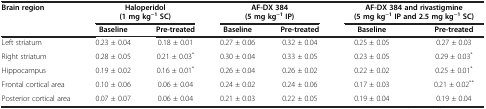
<table><thead><tr><td><b>Brain region</b></td><td colspan="2"><b>Haloperidol</b></td><td colspan="2"><b>AF-DX 384</b></td><td colspan="2"><b>AF-DX 384 and rivastigmine</b></td></tr><tr><td><b> </b></td><td colspan="2"><b>(1 mg kg<sup>−1</sup>SC)</b></td><td colspan="2"><b>(5 mg kg<sup>−1</sup>IP)</b></td><td colspan="2"><b>(5 mg kg<sup>−1</sup>IP and 2.5 mg kg<sup>−1</sup>SC)</b></td></tr><tr><td><b> </b></td><td><b>Baseline</b></td><td><b>Pre-treated</b></td><td><b>Baseline</b></td><td><b>Pre-treated</b></td><td><b>Baseline</b></td><td><b>Pre-treated</b></td></tr></thead><tbody><tr><td>Left striatum</td><td>0.23 ± 0.04</td><td>0.18 ± 0.01</td><td>0.27 ± 0.06</td><td>0.32 ± 0.04</td><td>0.25 ± 0.05</td><td>0.27 ± 0.03</td></tr><tr><td>Right striatum</td><td>0.28 ± 0.05</td><td>0.21 ± 0.03<sup>*</sup></td><td>0.30 ± 0.04</td><td>0.33 ± 0.05</td><td>0.23 ± 0.05</td><td>0.29 ± 0.03<sup>*</sup></td></tr><tr><td>Hippocampus</td><td>0.19 ± 0.02</td><td>0.16 ± 0.01<sup>*</sup></td><td>0.26 ± 0.04</td><td>0.26 ± 0.02</td><td>0.22 ± 0.02</td><td>0.25 ± 0.01<sup>*</sup></td></tr><tr><td>Frontal cortical area</td><td>0.10 ± 0.06</td><td>0.06 ± 0.04</td><td>0.24 ± 0.02</td><td>0.24 ± 0.06</td><td>0.17 ± 0.03</td><td>0.21 ± 0.02<sup>**</sup></td></tr><tr><td>Posterior cortical area</td><td>0.07 ± 0.07</td><td>0.06 ± 0.04</td><td>0.21 ± 0.03</td><td>0.22 ± 0.05</td><td>0.19 ± 0.04</td><td>0.19 ± 0.04</td></tr></tbody></table>